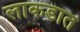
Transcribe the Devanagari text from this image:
लाकडात